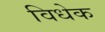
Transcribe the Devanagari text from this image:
विधेक